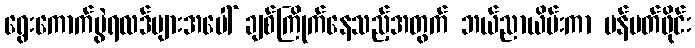
ရွေးကောက်ပွဲရလဒ်များအပေါ် ချစ်ကြိုက်နေသည့်အတွက် ဘယ်ညာယိမ်းကာ ပန်မတ်ဖိုင်း